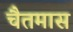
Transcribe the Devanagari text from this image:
चैतमास